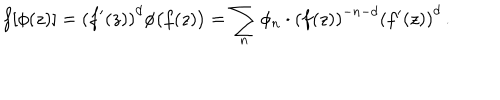
f [ \phi ( z ) ] = \left( f ^ { \prime } ( z ) \right) ^ { d } \phi \bigl ( f ( z ) \bigr ) = \sum _ { n } \phi _ { n } \cdot \left( f ( z ) \right) ^ { - n - d } \left( f ^ { \prime } ( z ) \right) ^ { d } \, .